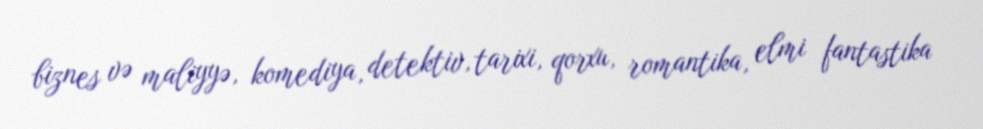
biznes və maliyyə, komediya, detektiv, tarixi, qorxu, romantika, elmi fantastika